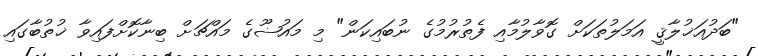
"ބަދުއަޚުލާޤީ އަމަލުތަކަށް ގޮވާލުމާއި ފެތުރުމުގެ ނުބައިކަން" މި މައުޟޫގެ މައްޗަށް ބިނާކޮށްފައިވާ ޚުތުބާގައި